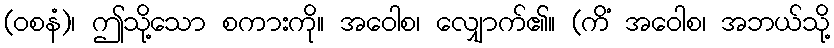
(ဝစနံ)၊ ဤသို့သော စကားကို။ အဝေါစ၊ လျှောက်၏။ (ကိံ အဝေါစ၊ အဘယ်သို့